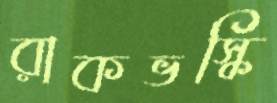
রাকভস্কি